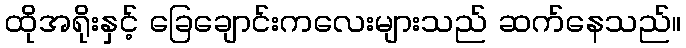
ထိုအရိုးနှင့် ခြေချောင်းကလေးများသည် ဆက်နေသည်။